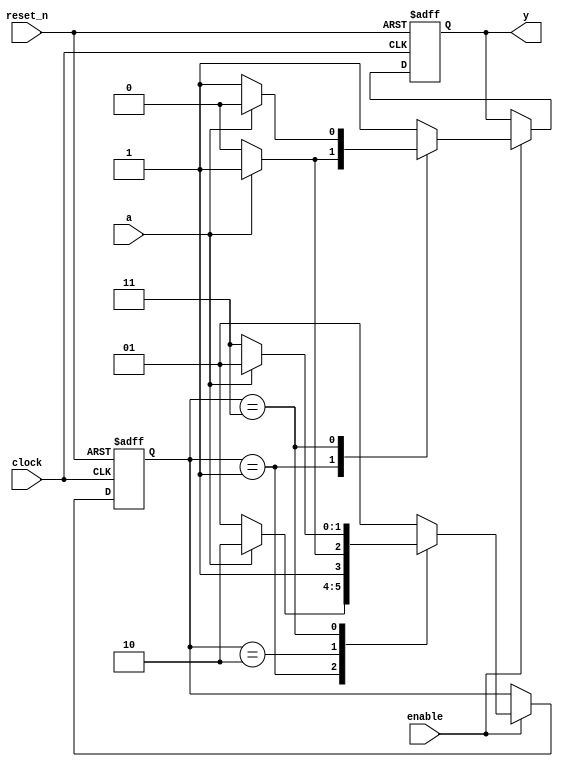
module lab8_3_gray
(
    input  clock,
    input  reset_n,
    input  enable,
    input  a,
    output reg    y
);

    parameter [1:0] 
				  S0 = 3'b01, 
				  S1 = 3'b10, 
				  S2 = 3'b11;

    reg [1:0] state, next_state;

    // State register

    always @ (posedge clock or negedge reset_n)
        if (! reset_n)
            state <= S0;
        else if (enable)
            state <= next_state;

    // Next state logic

    always @*
        case (state)
        
        S0:
            if (a)
                next_state = S1;
            else
                next_state = S0;

        S1:
            if (a)
                next_state = S2;
            else
                next_state = S1;

        S2:
            if (a)
                next_state = S0;
            else
                next_state = S2;

        default:

            next_state = S0;

        endcase

    // Output logic based on current state

    always @ (posedge clock or negedge reset_n)
    begin
        if (! reset_n)
            y <= 0;
        else if (enable)
        begin
            y <= 1;
            case (state)
            S0:
                if (!a) 
                    y <= 0;
            S2:
                if (a)
                    y <= 0;
            endcase
        end
    end
endmodule